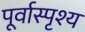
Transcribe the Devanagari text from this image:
पूर्वास्पृश्य